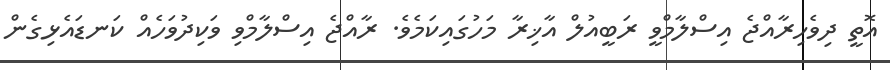
އޮތީ ދިވެހިރާއްޖެ އިސްލާމްވީ ރަބީއުލް އާޚިރާ މަހުގައިކަމެވެ. ރާއްޖެ އިސްލާމްވި ވަކިދުވަހެއް ކަނޑައެޅިގެން